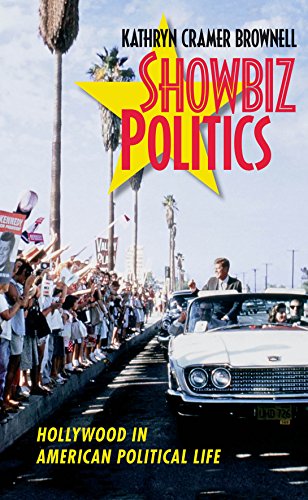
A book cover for Showbiz Politics: Hollywood in American Political Life; Kathryn Cramer Brownell; Business & Money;